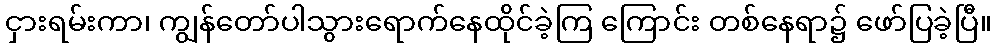
ငှားရမ်းကာ၊ ကျွန်တော်ပါသွားရောက်နေထိုင်ခဲ့ကြ ကြောင်း တစ်နေရာ၌ ဖော်ပြခဲ့ပြီ။